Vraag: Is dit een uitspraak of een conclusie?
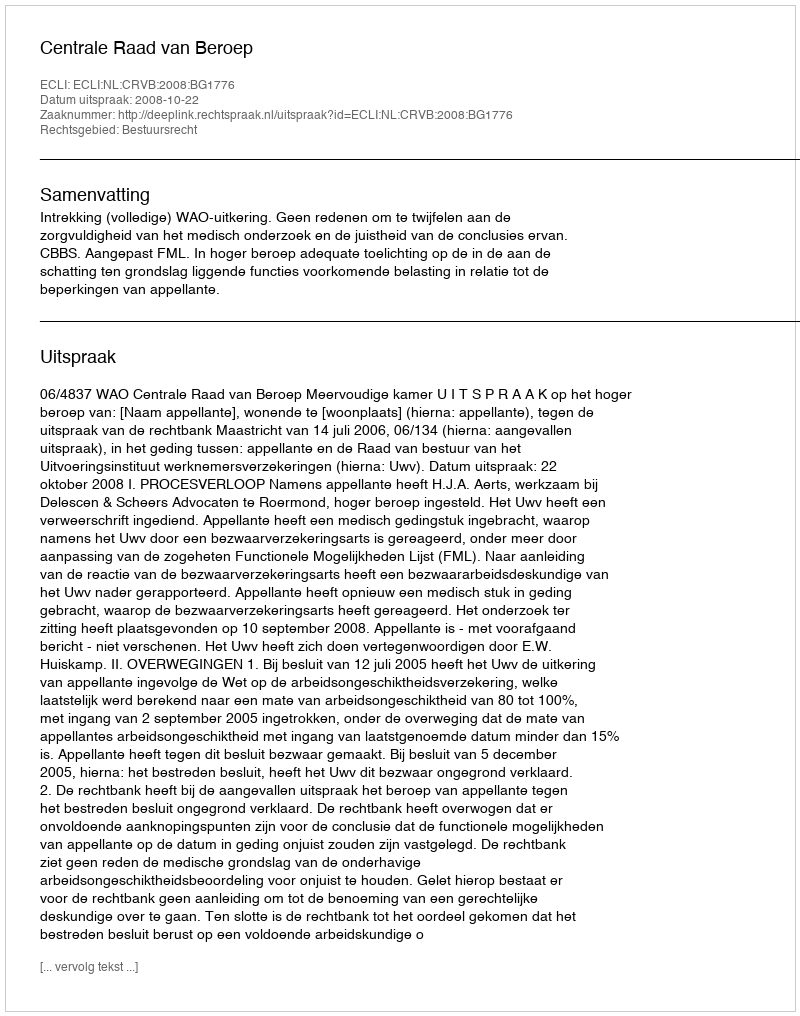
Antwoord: Uitspraak